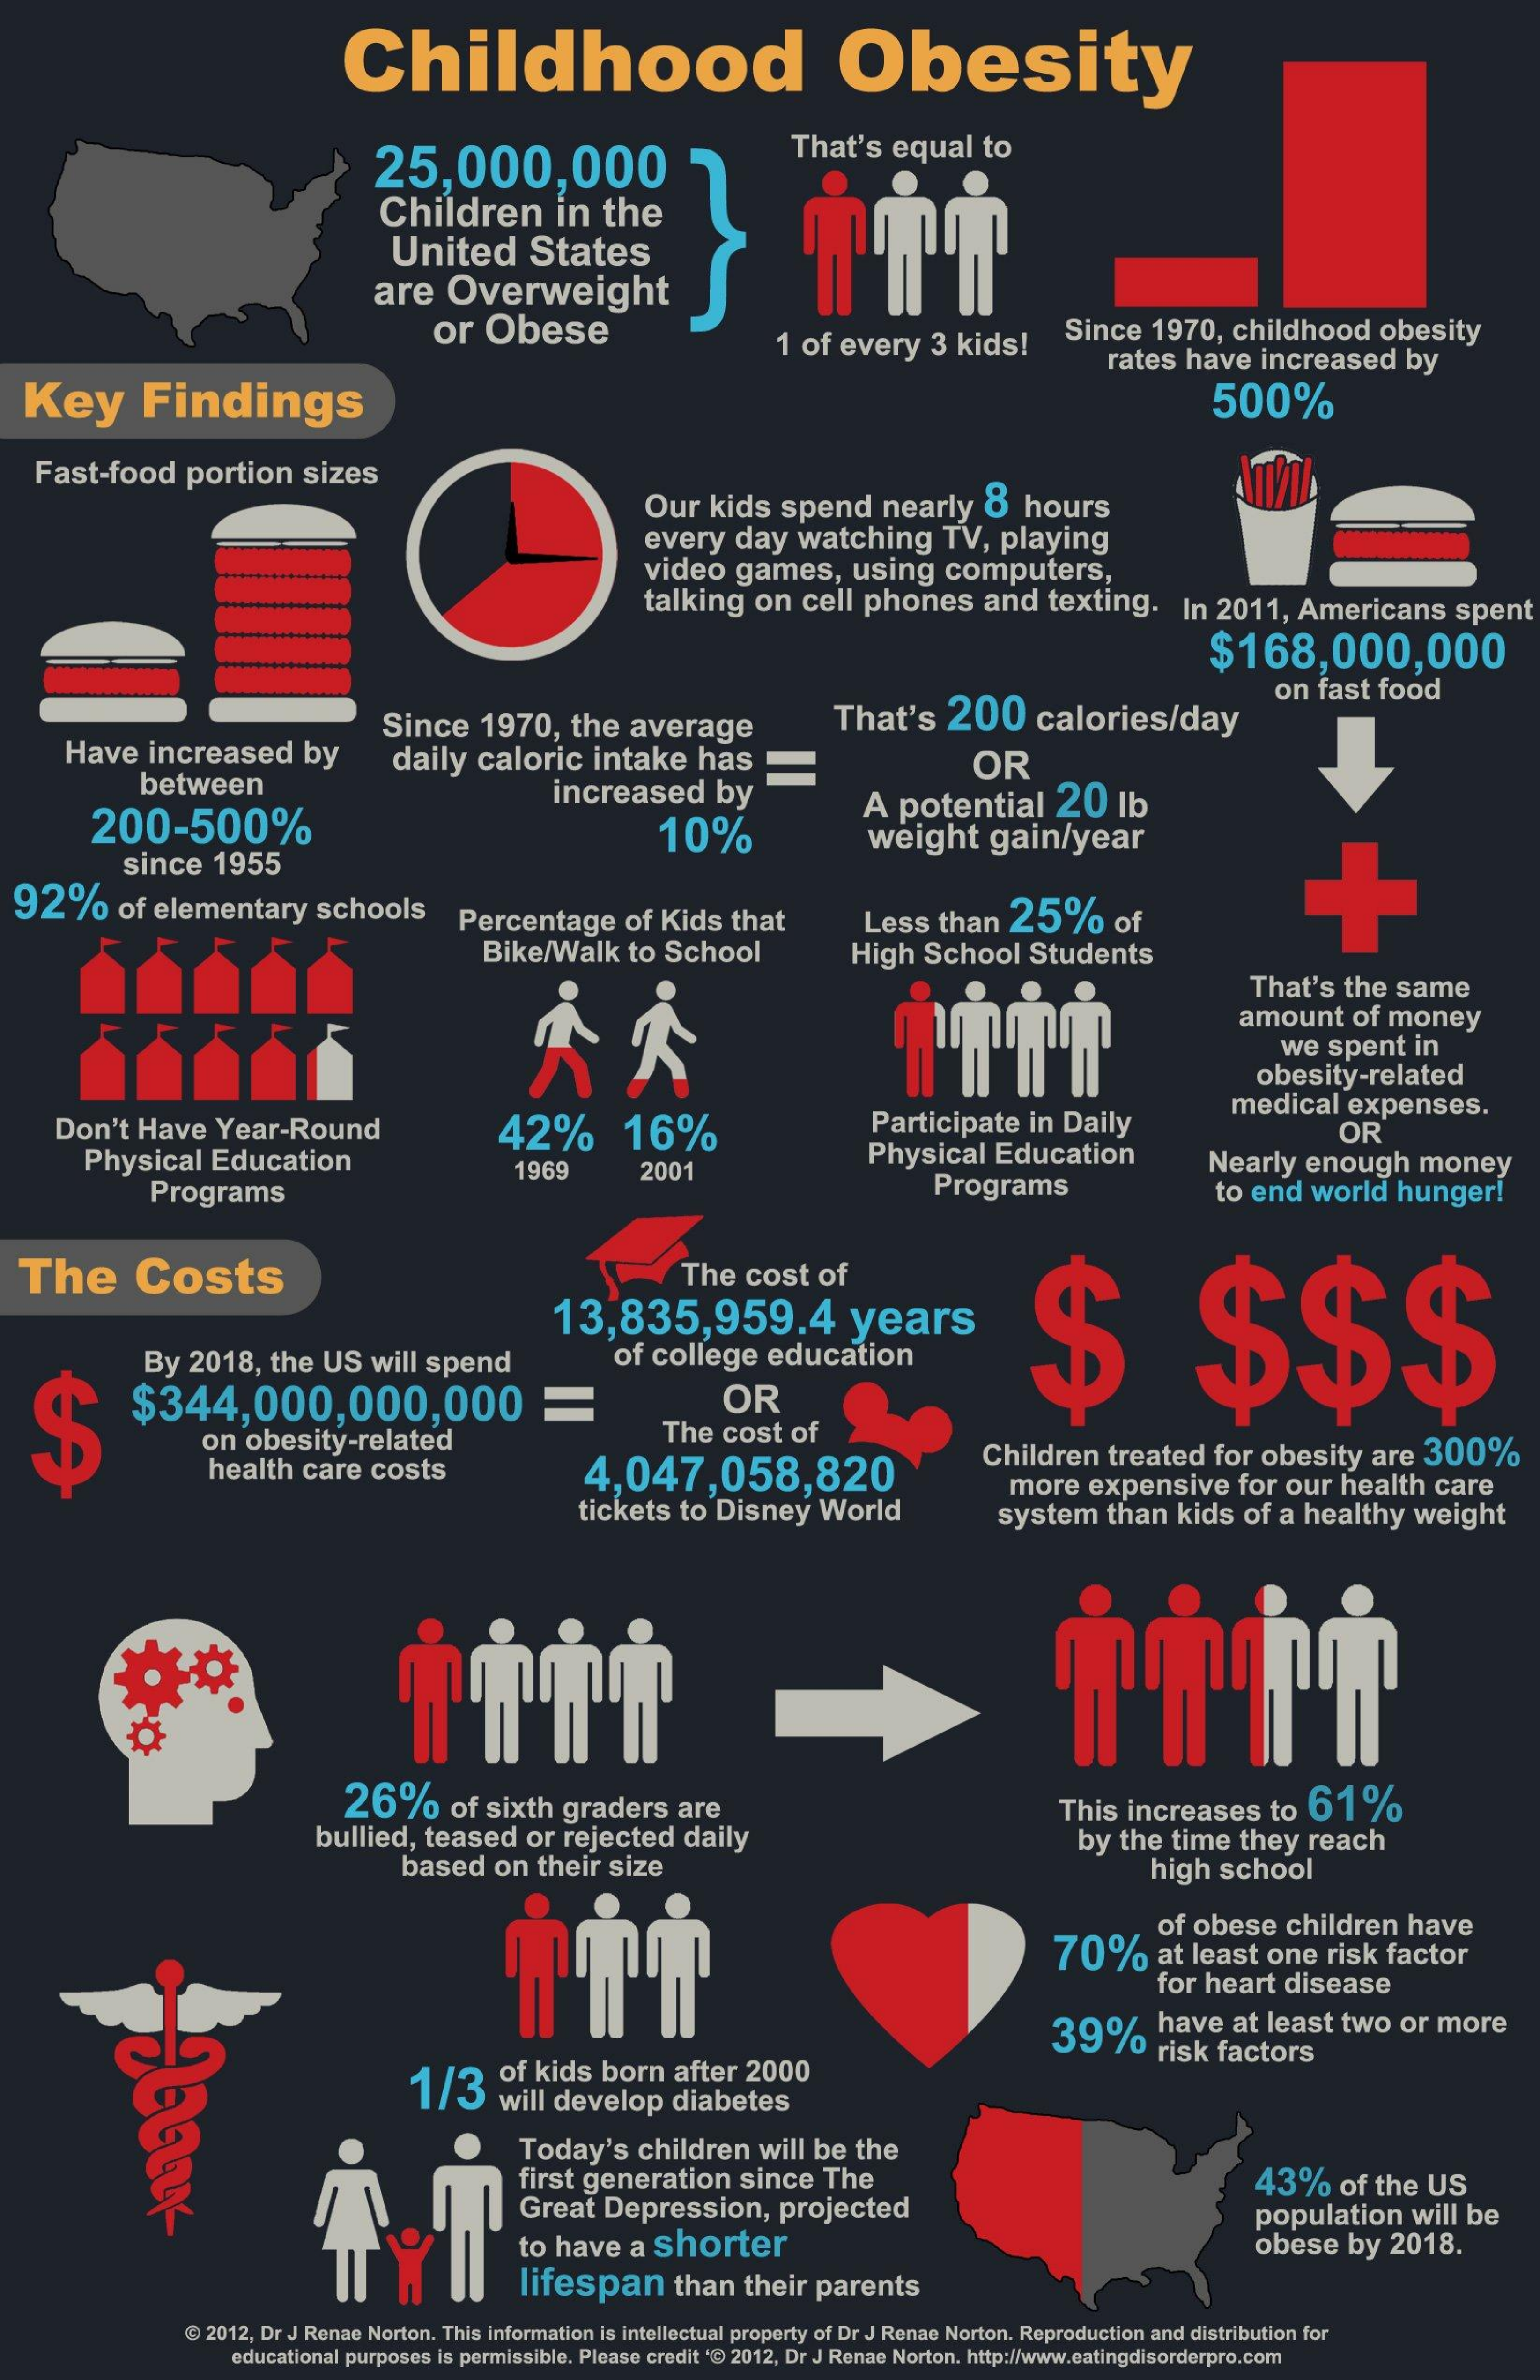
Childhood    Obesity
     25,000,000
     That's   equal   to
     Children    in  the
     United    States
     are    Overweight
     or  Obese    1 of  every   3 kids!    Since  1970,   childhood    obesity
  Key    Findings
     rates  have   increased    by
     500%
   Fast-food    portion    sizes
     Our   kids   spend    nearly   8   hours
     every   day   watching    TV,  playing
     video   games,    using   computers,
     talking   on  cell  phones    and   texting.    In 2011,   Americans    spent
     $168,000,000
     Since    1970,   the   average    That's    200    calories/day
     on  fast food
     Have   increased    by
     between
     daily   caloric   intake    has
     200-500%
     increased    by
     OR
     10%
     A  potential    20   lb
     since   1955
     weight    gain/year
  92%    of elementary    schools    Percentage    of  Kids  that    Less   than  25%    of
     Bike/Walk    to School    High   School   Students
     That's  the  same
     amount    of money
     we  spent   in
     obesity-related
     Don't  Have    Year-Round    42%    16%    Participate   in Daily
     medical   expenses.
     Physical   Education
     OR
     Programs
     1969    2001
     Physical   Education
     Programs
     Nearly   enough    money
     to end  world   hunger!
  The    Costs    The  cost   of
     13,835,959.4    years    $    $$$
     By  2018,   the US   will spend    of  college   education
   $
     $344,000,000,000    =    OR
     on obesity-related    The  cost  of
     health   care  costs    4,047,058,820
     Children   treated   for  obesity   are  300%
     tickets  to Disney    World
     more    expensive    for  our  health  care
     system   than   kids  of a healthy   weight
     26%    of  sixth  graders   are
     bullied,  teased   or rejected    daily
     This  increases    to  61%
     based   on  their  size
     by the  time  they   reach
     high  school
     of obese    children   have
     70%    at least  one  risk  factor
     for heart   disease
     39%    have   at least  two  or  more
     1/3    of kids  born   after 2000
     risk factors
     will develop    diabetes
     Today's   children   will be  the
     first generation    since   The
     Great  Depression,    projected
     43%    of the US
     to have   a shorter
     population    will be
     obese   by  2018.
     lifespan    than  their  parents
     @ 2012, Dr J Renae Norton. This information is intellectual property of Dr J Renae Norton. Reproduction and distribution for
     educational purposes is permissible. Please credit '@ 2012, Dr J Renae Norton. http://www.eatingdisorderpro.com